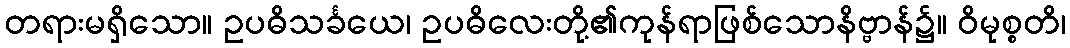
တရားမရှိသော။ ဥပဓိသင်္ခယေ၊ ဥပဓိလေးတို့၏ကုန်ရာဖြစ်သောနိဗ္ဗာန်၌။ ဝိမုစ္စတိ၊